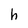
Character: h